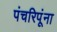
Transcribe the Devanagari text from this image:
पंचरिपूंना